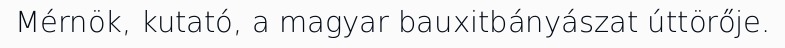
Mérnök, kutató, a magyar bauxitbányászat úttörője.